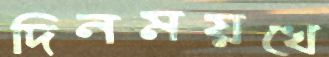
দিনময়খে